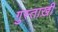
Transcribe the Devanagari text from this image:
ग़ुस्ताख़ी